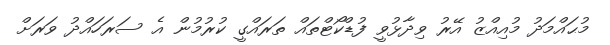
މުޙައްމަދު މުއިއްޒު އޭރު ވިދާޅުވީ ފުޑްކޯޓްތައް ތަރައްގީ ކުރުމުން އެ ސަރަހައްދު ވަރަށް